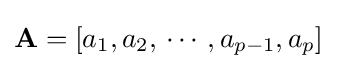
\mathbf {A} =[a_{1},a_{2},\,\cdots \,,a_{p-1},a_{p}]